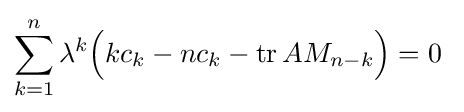
\sum _{k=1}^{n}\lambda ^{k}{\Big (}kc_{k}-nc_{k}-\operatorname {tr} AM_{n-k}{\Big )}=0~